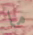
ما